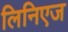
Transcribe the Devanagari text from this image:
लिनिएज